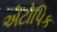
એટોપિક